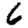
Digit: 6